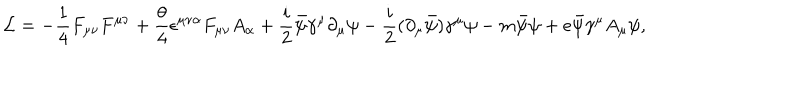
LaTeX: { \cal L } = - \frac { 1 } { 4 } F _ { \mu \nu } F ^ { \mu \nu } + \frac { \theta } { 4 } \epsilon ^ { \mu \nu \alpha } F _ { \mu \nu } A _ { \alpha } + \frac { i } { 2 } \bar { \psi } \gamma ^ { \mu } \partial _ { \mu } \psi - \frac { i } { 2 } ( \partial _ { \mu } \bar { \psi } ) \gamma ^ { \mu } \psi - m \bar { \psi } \psi + e \bar { \psi } \gamma ^ { \mu } A _ { \mu } \psi ,